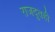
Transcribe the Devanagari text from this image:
राजदूतही